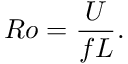
R o = { \frac { U } { f L } } .